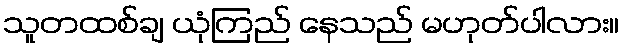
သူတထစ်ချ ယုံကြည် နေသည် မဟုတ်ပါလား။